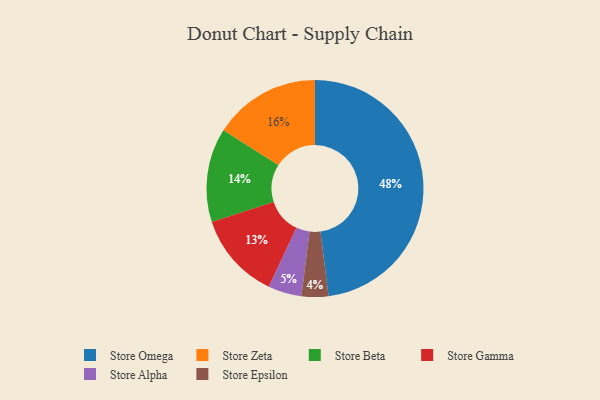
{"axis": {"x": "Category", "y": "Percentage"}, "legend": ["Store Alpha", "Store Beta", "Store Epsilon", "Store Gamma", "Store Omega", "Store Zeta"], "data": [{"x": "Store Beta", "y": 14, "type": "Store Beta"}, {"x": "Store Alpha", "y": 5, "type": "Store Alpha"}, {"x": "Store Gamma", "y": 13, "type": "Store Gamma"}, {"x": "Store Omega", "y": 48, "type": "Store Omega"}, {"x": "Store Epsilon", "y": 4, "type": "Store Epsilon"}, {"x": "Store Zeta", "y": 16, "type": "Store Zeta"}]}